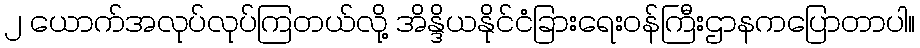
၂ ယောက်အလုပ်လုပ်ကြတယ်လို့ အိန္ဒိယနိုင်ငံခြားရေးဝန်ကြီးဌာနကပြောတာပါ။